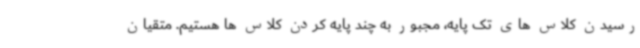
رسیدن کلاس های تک پایه، مجبور به چند پایه کردن کلاس ها هستیم. متقیان